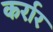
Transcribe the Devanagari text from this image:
कर्रार